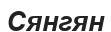
Сянгян